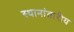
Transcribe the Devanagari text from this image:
स्थानांतारीय